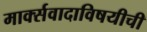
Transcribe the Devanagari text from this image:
मार्क्सवादाविषयीची